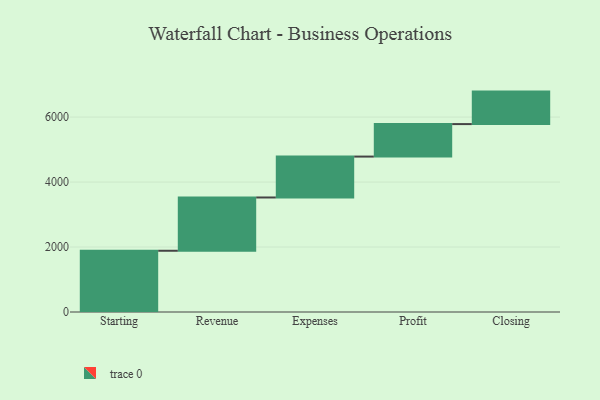
{"axis": {"x": "Step", "y": "Value"}, "legend": [""], "data": [{"x": "Starting", "y": 1885.0, "type": ""}, {"x": "Revenue", "y": 1640.0, "type": ""}, {"x": "Expenses", "y": 1259.0, "type": ""}, {"x": "Profit", "y": 1000, "type": ""}, {"x": "Closing", "y": 1000, "type": ""}]}